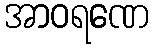
အာဝရဏေ